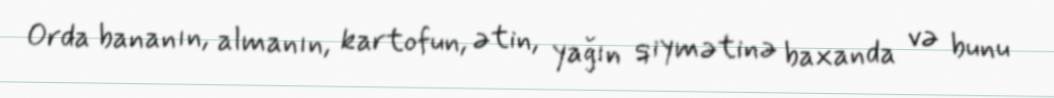
Orda bananın, almanın, kartofun, ətin, yağın qiymətinə baxanda və bunu